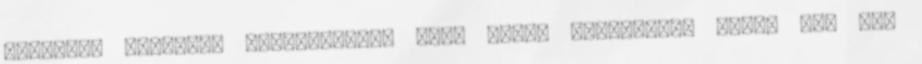
forintra tilosban parkolásért. Most pedig dachorgász lett, ami azt